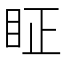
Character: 眐